65_HS1-834228961_62-HQ-83894_Section_8
Agency: FBI
Page 61
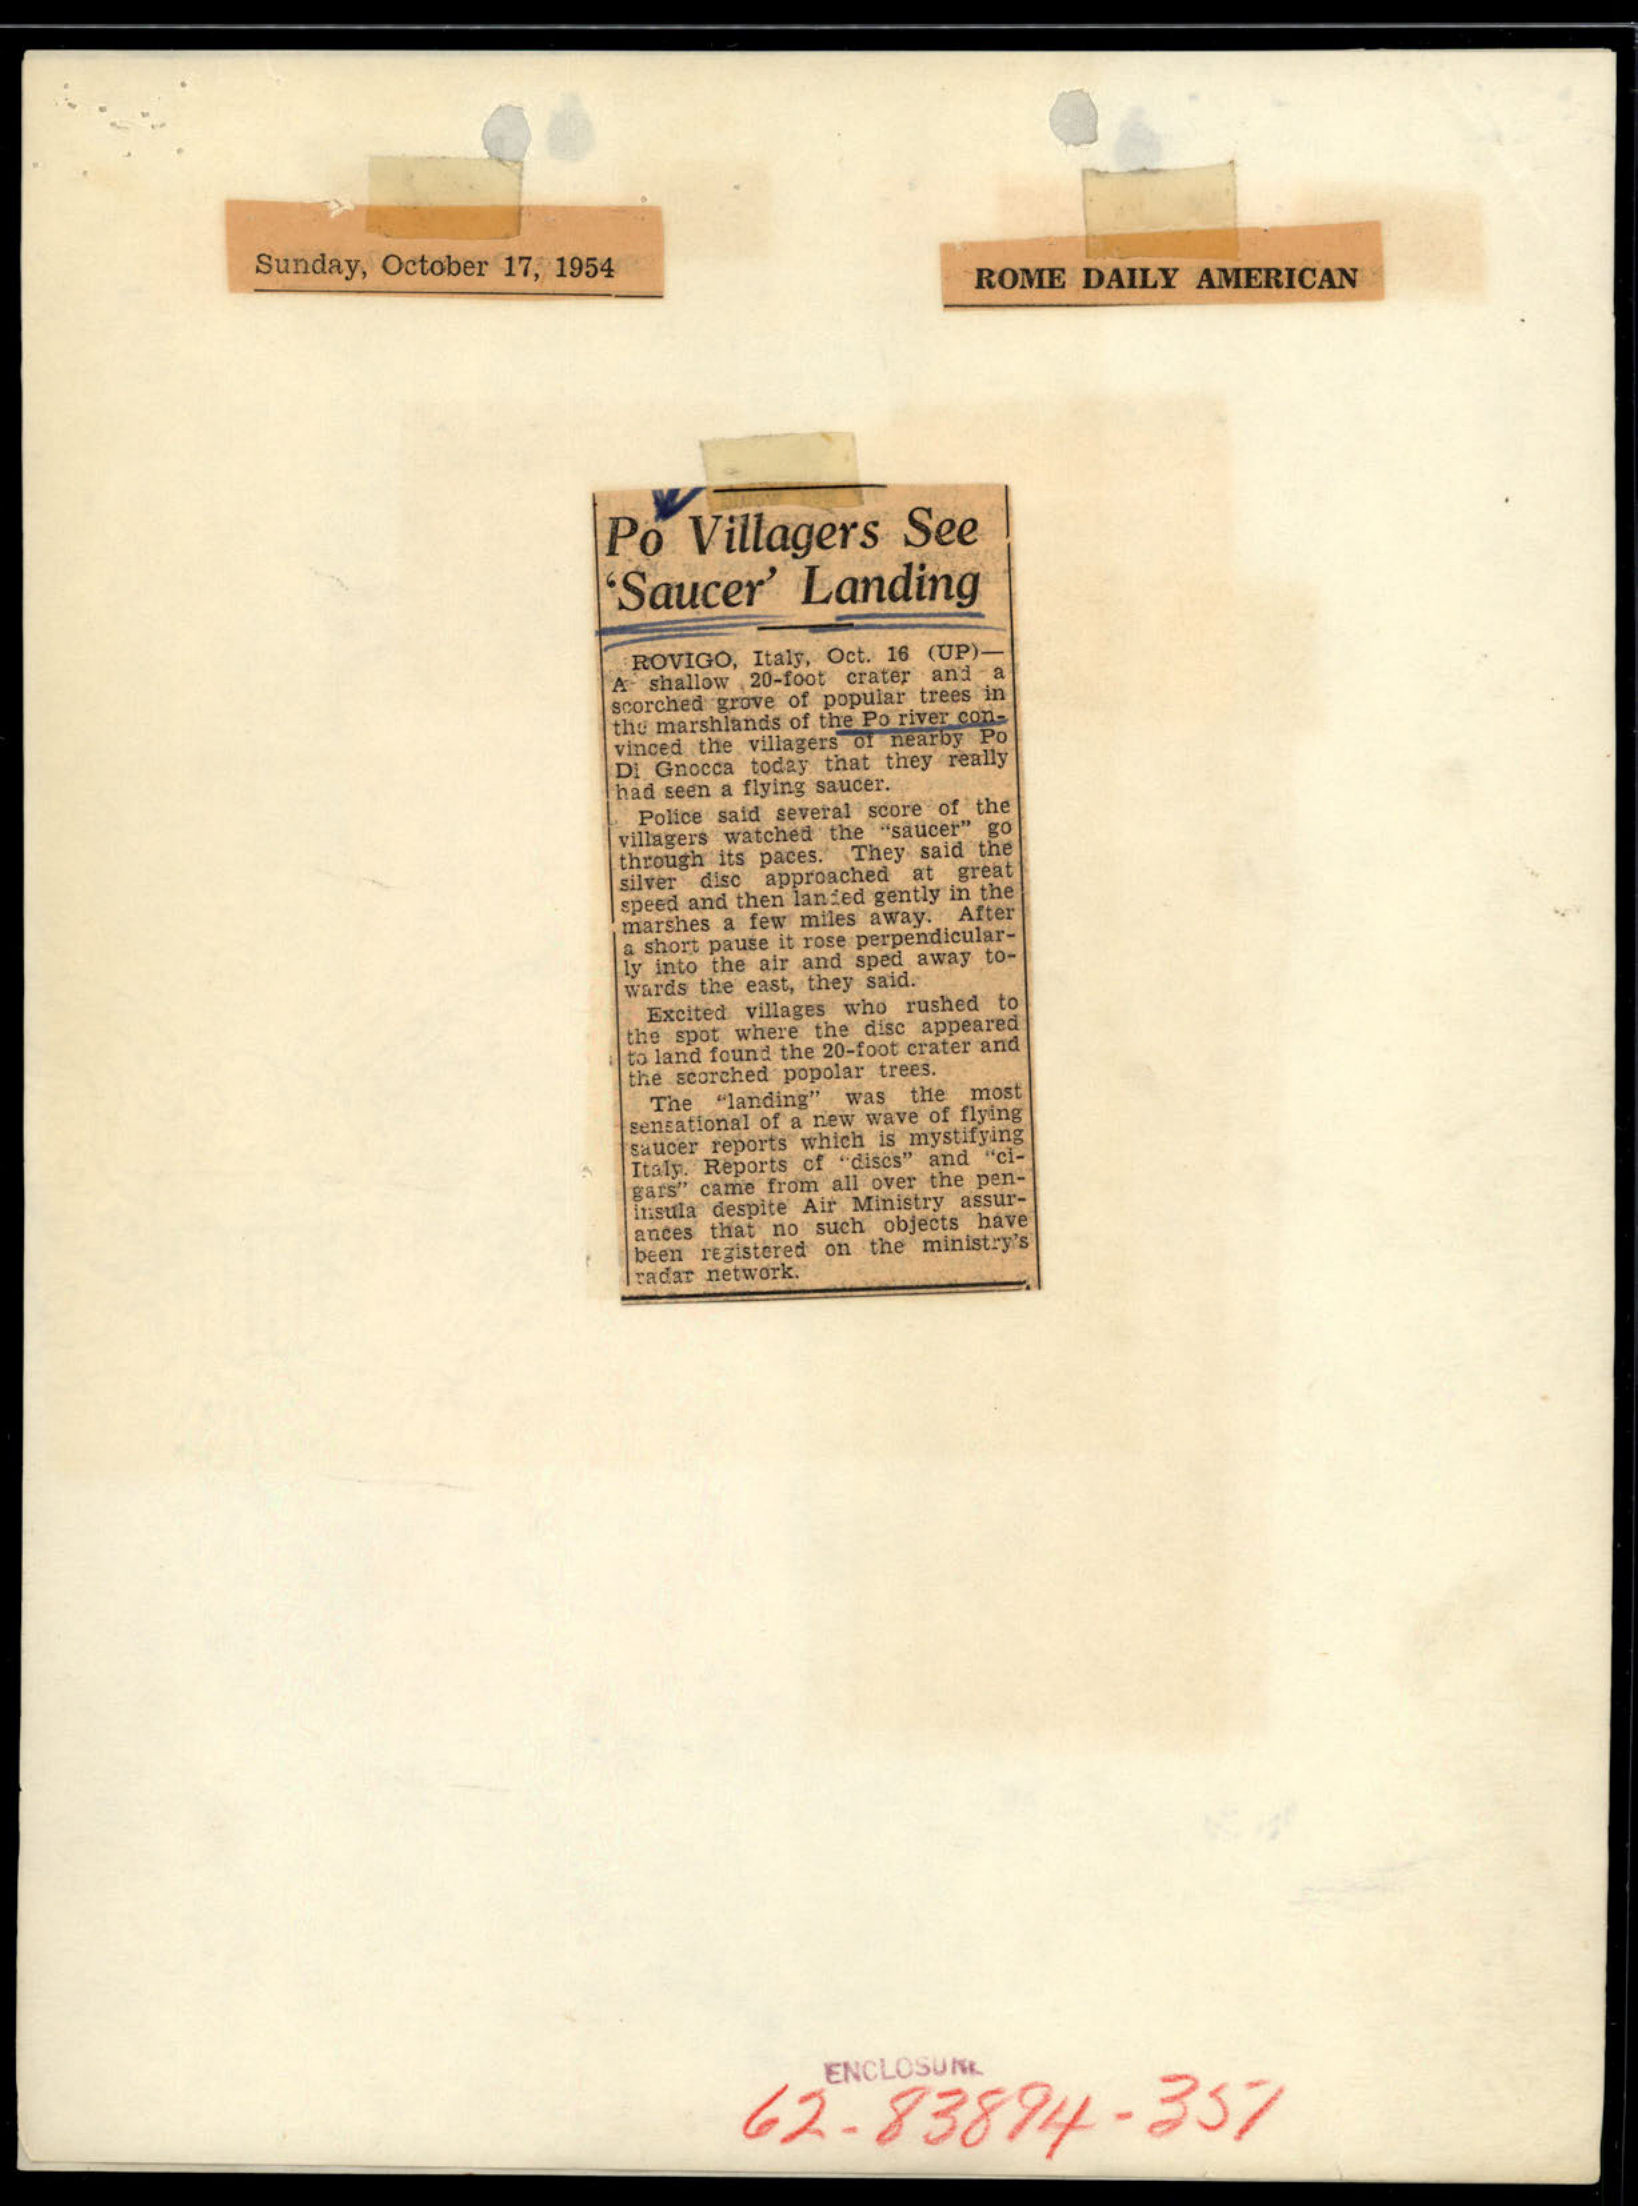